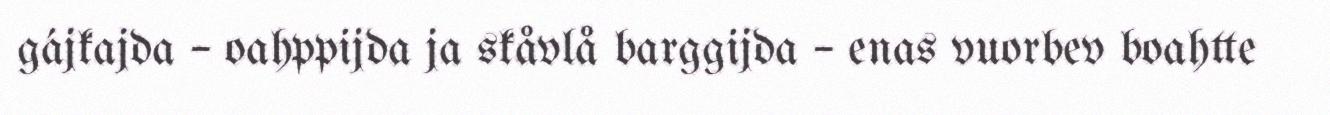
gájkajda – oahppijda ja skåvlå barggijda – enas vuorbev boahtte